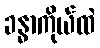
ခန္ဓာကိုယ်ထဲ